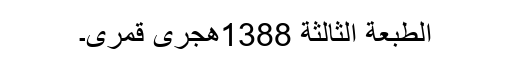
الطبعة الثالثة 1388هجری قمری۔